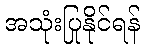
အသုံးပြုနိုင်ရန်